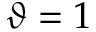
\vartheta = 1